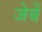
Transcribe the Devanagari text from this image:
जेबें